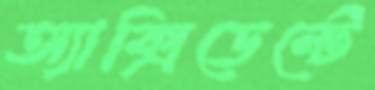
অ্যাক্সিডেন্টে